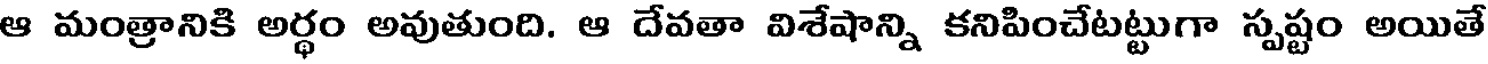
ఆ మంత్రానికి అర్ధం అవుతుంది. ఆ దేవతా విశేషాన్ని కనిపించేటట్టుగా స్పష్టం అయితే